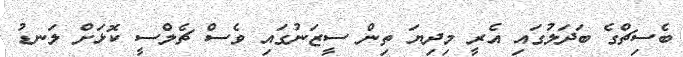
ބެސިޗްގެ ބަދަލުގައި އެރީ މިދިޔަ ތިން ސީޒަނުގައި ވެސް ޗެލްސީ ކޮޅަށް ލަނޑު